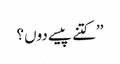
’’کتنے پیسے دوں؟